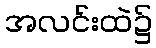
အလင်းထဲ၌